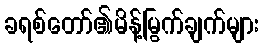
ခရစ်တော်၏မိန့်မြွက်ချက်များ